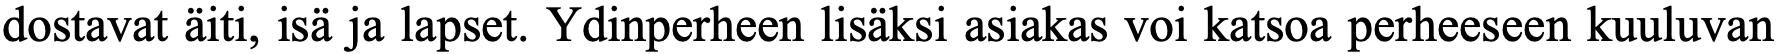
dostavat äiti, isä ja lapset. Ydinperheen lisäksi asiakas voi katsoa perheeseen kuuluvan